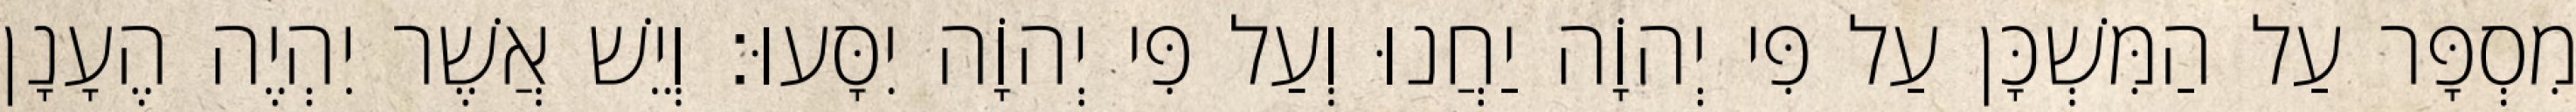
מִסְפָּר עַל הַמִּשְׁכָּן עַל פִּי יְהוָֹה יַחֲנוּ וְעַל פִּי יְהוָֹה יִסָּעוּ׃ וְיֵשׁ אֲשֶׁר יִהְיֶה הֶעָנָן